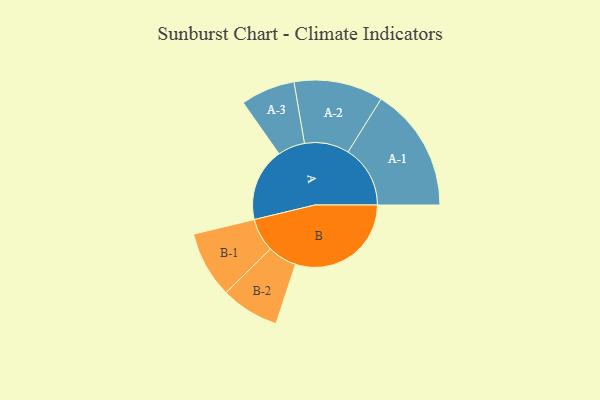
{"axis": {"x": "Segment", "y": "Value"}, "legend": ["", "A", "B"], "data": [{"x": "A", "y": 299, "type": ""}, {"x": "B", "y": 473, "type": ""}, {"x": "A-1", "y": 254, "type": "A"}, {"x": "A-2", "y": 182, "type": "A"}, {"x": "A-3", "y": 111, "type": "A"}, {"x": "B-1", "y": 136, "type": "B"}, {"x": "B-2", "y": 119, "type": "B"}]}